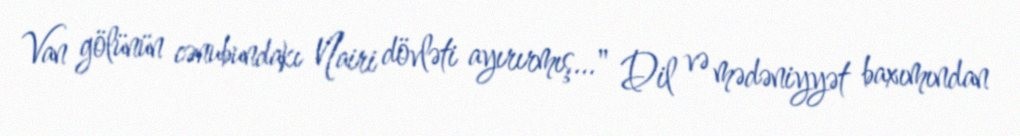
Van gölünün cənubundakı Nairi dövləti ayırırmış…" Dil və mədəniyyət baxımından